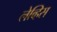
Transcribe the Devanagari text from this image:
लेव्हिस